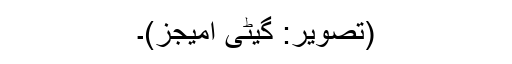
(تصویر: گیٹی امیجز)۔